Civil Veterinary Department Bihar & Orissa reports 1911-21 - 1911-1921
Year: 1911
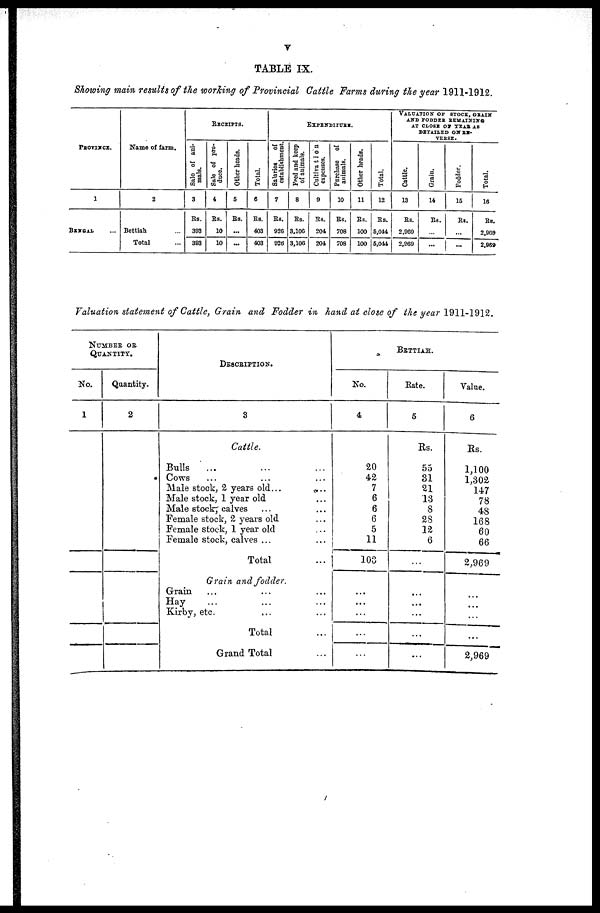
v
TABLE IX.
Showing main results of the working of Provincial Cattle Farms during the year 1911-1912.
PROVINCE.
1
BENGAL ...
Name of farm.
2
Bettiah ...
Total
RECEIPTS.
Sale of ani-
mals.
3
Rs.
303
393
Sale
of pro-
duce.
4
Rs.
10
10
Other heads.
5
Rs.
...
...
Total.
6
Rs.
403
403
EXPENDITURE.
Salaries
of
establishment.
7
Rs.
926
926
Food
and keep
of animals.
8
Rs.
3,106
3,106
Cultivation
9
Rs
204
204
Purchase of
animals.
10
Rs.
708
708
Other heads.
11
Rs.
100
100
Total.
12
Rs.
5,044
6.044
VALUATION OF STOCK, GRAIN
AND FODDER REMAlNING
AT CLOSE OF YEAR AS
DETAILED ON RE-
VERSE.
Cattle.
13
Rs.
2.000
2,060
Grain.
14
Rs
...
Fodder.
15
Rs
...
Total.
16
Rs.
2.969
2,969
Valuation statement of Cattle, Grain and Fodder in hand at close of the year 1911-1912.
NUMBER OF
QUANTITY.
No.
1
Quantity.
2
DESCRIPTION.
3
Cattle.
Bulls
...
Cows
Male stock, 2 years old ...
...
Male stock, 1 year old
Male stock, calves
Female stock, 2 years old
Female stock, 1 year old ... ...
Female stock, calves ... ...
Total
Grain and fodder.
Grain
Hay
Kirby, etc. ... ...
Total
Grand Total
BRTTIAH.
No.
4
20
42
7
6
6
6
5
11
103
...
...
...
Rate.
5
Rs.
55
31
21
13
8
2S
12
6
...
...
...
...
...
Value.
6
Rs.
1,100
1,302
147
78
48
168
60
66
2,969
...
...
2,969